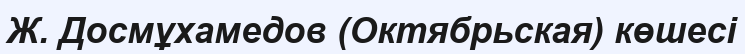
Ж. Досмұхамедов (Октябрьская) көшесі